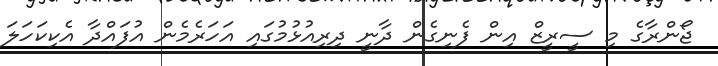
ޖޯންރާގެ މި ސީރީޒް އިން ފެނިގެން ދާނީ ދިރިއުޅުމުގައި އަހަރެމެން އުފައްދާ އެކިކަހަލަ